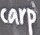
carp